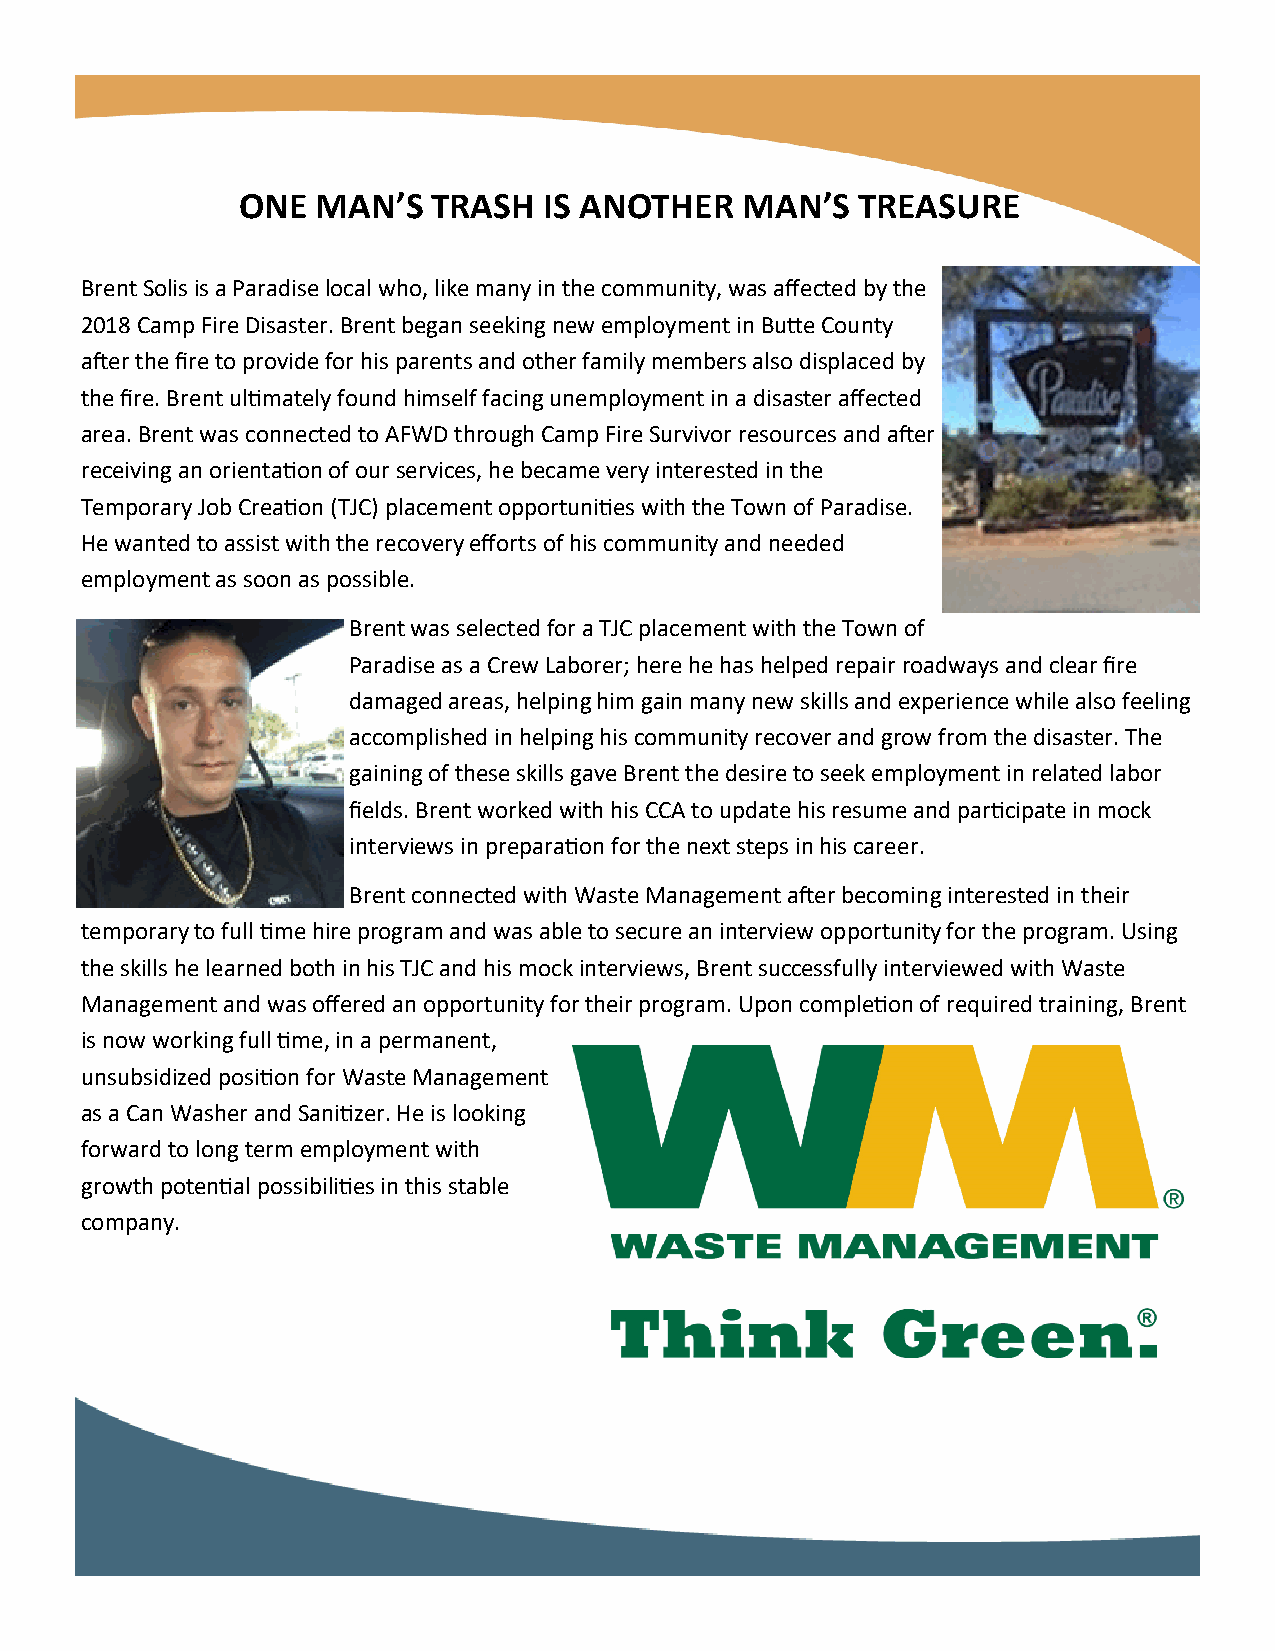
ONE  MAN’S   TRASH  IS ANOTHER   MAN’S   TREASURE
 Brent Solis is a Paradise local who, like many in the community, was affected by the
 2018 Camp Fire Disaster. Brent began seeking new employment in Butte County
 after the fire to provide for his parents and other family members also displaced by
 the fire. Brent ultimately found himself facing unemployment in a disaster affected
 area. Brent was connected to AFWD through Camp Fire Survivor resources and after
 receiving an orientation of our services, he became very interested in the
 Temporary Job Creation (TJC) placement opportunities with the Town of Paradise.
 He wanted to assist with the recovery efforts of his community and needed
 employment as soon as possible.
 Brent was selected for a TJC placement with the Town of
 Paradise as a Crew Laborer; here he has helped repair roadways and clear fire
 damaged areas, helping him gain many new skills and experience while also feeling
 accomplished in helping his community recover and grow from the disaster. The
 gaining of these skills gave Brent the desire to seek employment in related labor
 fields. Brent worked with his CCA to update his resume and participate in mock
 interviews in preparation for the next steps in his career.
 Brent connected with Waste Management after becoming interested in their
 temporary to full time hire program and was able to secure an interview opportunity for the program. Using
 the skills he learned both in his TJC and his mock interviews, Brent successfully interviewed with Waste
 Management and was offered an opportunity for their program. Upon completion of required training, Brent
 is now working full time, in a permanent,
 unsubsidized position for Waste Management
 as a Can Washer and Sanitizer. He is looking
 forward to long term employment with
 growth potential possibilities in this stable
 company.